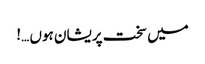
میں سخت پریشان ہوں …!